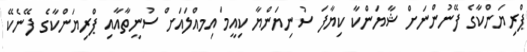
ޕްރިޔަންކާގެ ފޭނުންނަށް ޝާޔަންކާ ކިޔާފަ ސުނިޔަންޔާ ކިއީމަ އިމއްލައަށް ސުނީތާއާއި ޕްރިޔަންކާގެ ފޭނެކޭ